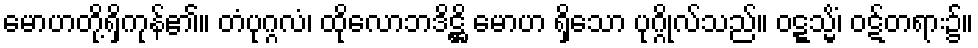
မောဟတို့ရှိကုန်၏။ တံပုဂ္ဂလံ၊ ထိုလောဘဒိဋ္ဌိ မောဟ ရှိသော ပုဂ္ဂိုလ်သည်။ ဝဋ္ဋသ္မိံ၊ ဝဋ်တရား၌။